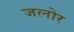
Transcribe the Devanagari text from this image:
जलोर